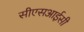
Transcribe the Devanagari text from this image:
सीएसआईसी